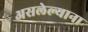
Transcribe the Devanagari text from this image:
असलेल्याना